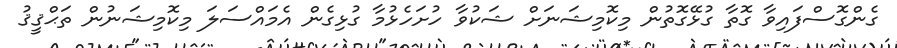
ގެންގޮސްފައިވާ ގޮތާ ގުޅޭގޮތުން މިކޮމިޝަނަށް ޝަކުވާ ހުށަހެޅުމާ ގުޅިގެން އެމައްސަލަ މިކޮމިޝަނުން ތަޙްޤީޤު